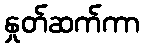
နှုတ်ဆက်ကာ